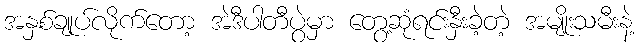
အနှစ်ချုပ်လိုက်တော့ အဲဒီပါတီပွဲမှာ တွေ့ဆုံရင်းနှီးခဲ့တဲ့ အမျိုးသမီးနဲ့